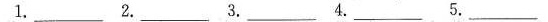
1.___ 2.___ 3.___ 4.___ 5.___